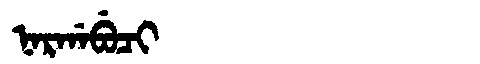
Manchu: ᠨᠠᡵᡤᠠᠪᡠᠴᡳ
Romanization: NARGABUCI